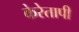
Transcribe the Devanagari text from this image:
केरेतापी